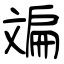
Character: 斒